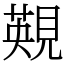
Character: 䚆